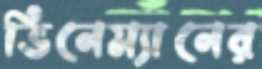
ভিনেম্যানের